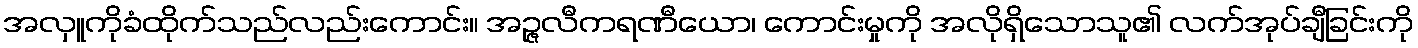
အလှူကိုခံထိုက်သည်လည်းကောင်း။ အဉ္ဇလီကရဏီယော၊ ကောင်းမှုကို အလိုရှိသောသူ၏ လက်အုပ်ချီခြင်းကို